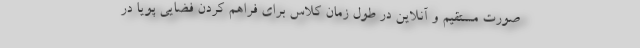
صورت مستقیم و آنلاین در طول زمان کلاس برای فراهم کردن فضایی پویا در